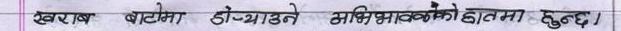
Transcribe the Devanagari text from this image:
खराब बाटोमा डोऱ्याउने अभिभावकको हातमा हुन्छ।